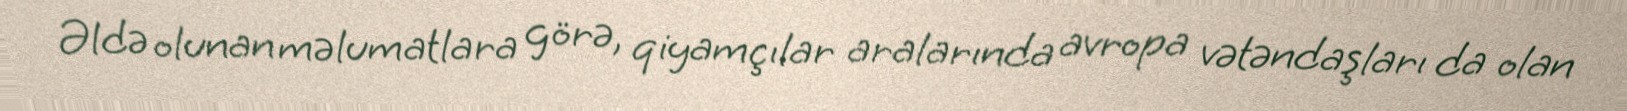
Əldə olunan məlumatlara görə, qiyamçılar aralarında avropa vətəndaşları da olan